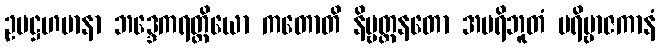
ဥပဋ္ဌဟမာနာ ဘဒ္ဒေကရတ္တိယော ကတောတိ နိဗ္ဗတ္တနတော အပရိဘူတံ ပရိဗ္ဗာဇကာနံ